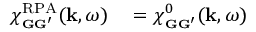
\begin{array} { r l } { \chi _ { \scriptscriptstyle \mathbf G \mathbf G ^ { \prime } } ^ { \mathrm { R P A } } ( \mathbf k , \omega ) } & { { } = \chi _ { \scriptscriptstyle \mathbf G \mathbf G ^ { \prime } } ^ { 0 } ( \mathbf k , \omega ) } \end{array}